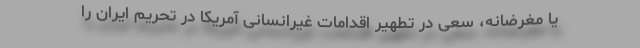
یا مغرضانه، سعی در تطهیر اقدامات غیرانسانی آمریکا در تحریم ایران را